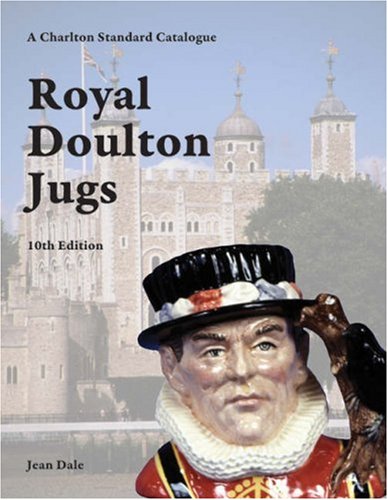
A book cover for Royal Doulton Jugs, 10th Edition - A Charlton Standard Catalogue; Jean Dale; Crafts, Hobbies & Home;